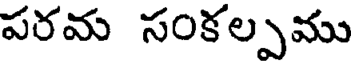
పరమ సంకల్పము